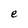
Character: e